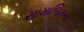
સામાજિકતા